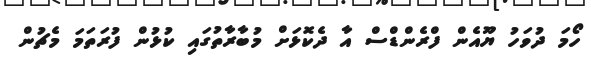
ހޯމަ ދުވަހު ޔޫއެން ފްރެންޑްސް އާ ދެކޮޅަށް މުބާރާތުގައި ކުޅުން ފުރަތަމަ މެޗުން